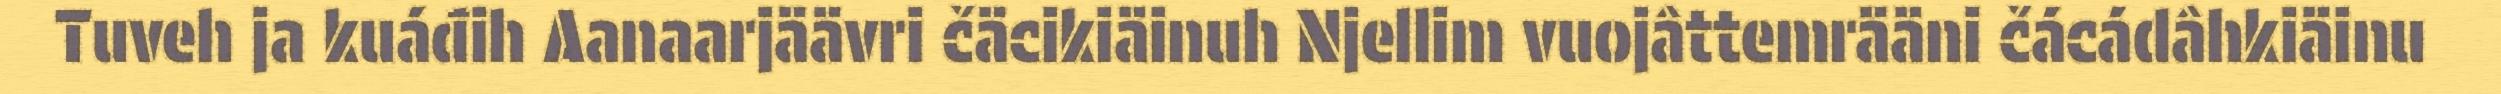
Tuveh ja kuáđih Aanaarjäävri čäcikiäinuh Njellim vuojâttemrääni čácádâhkiäinu